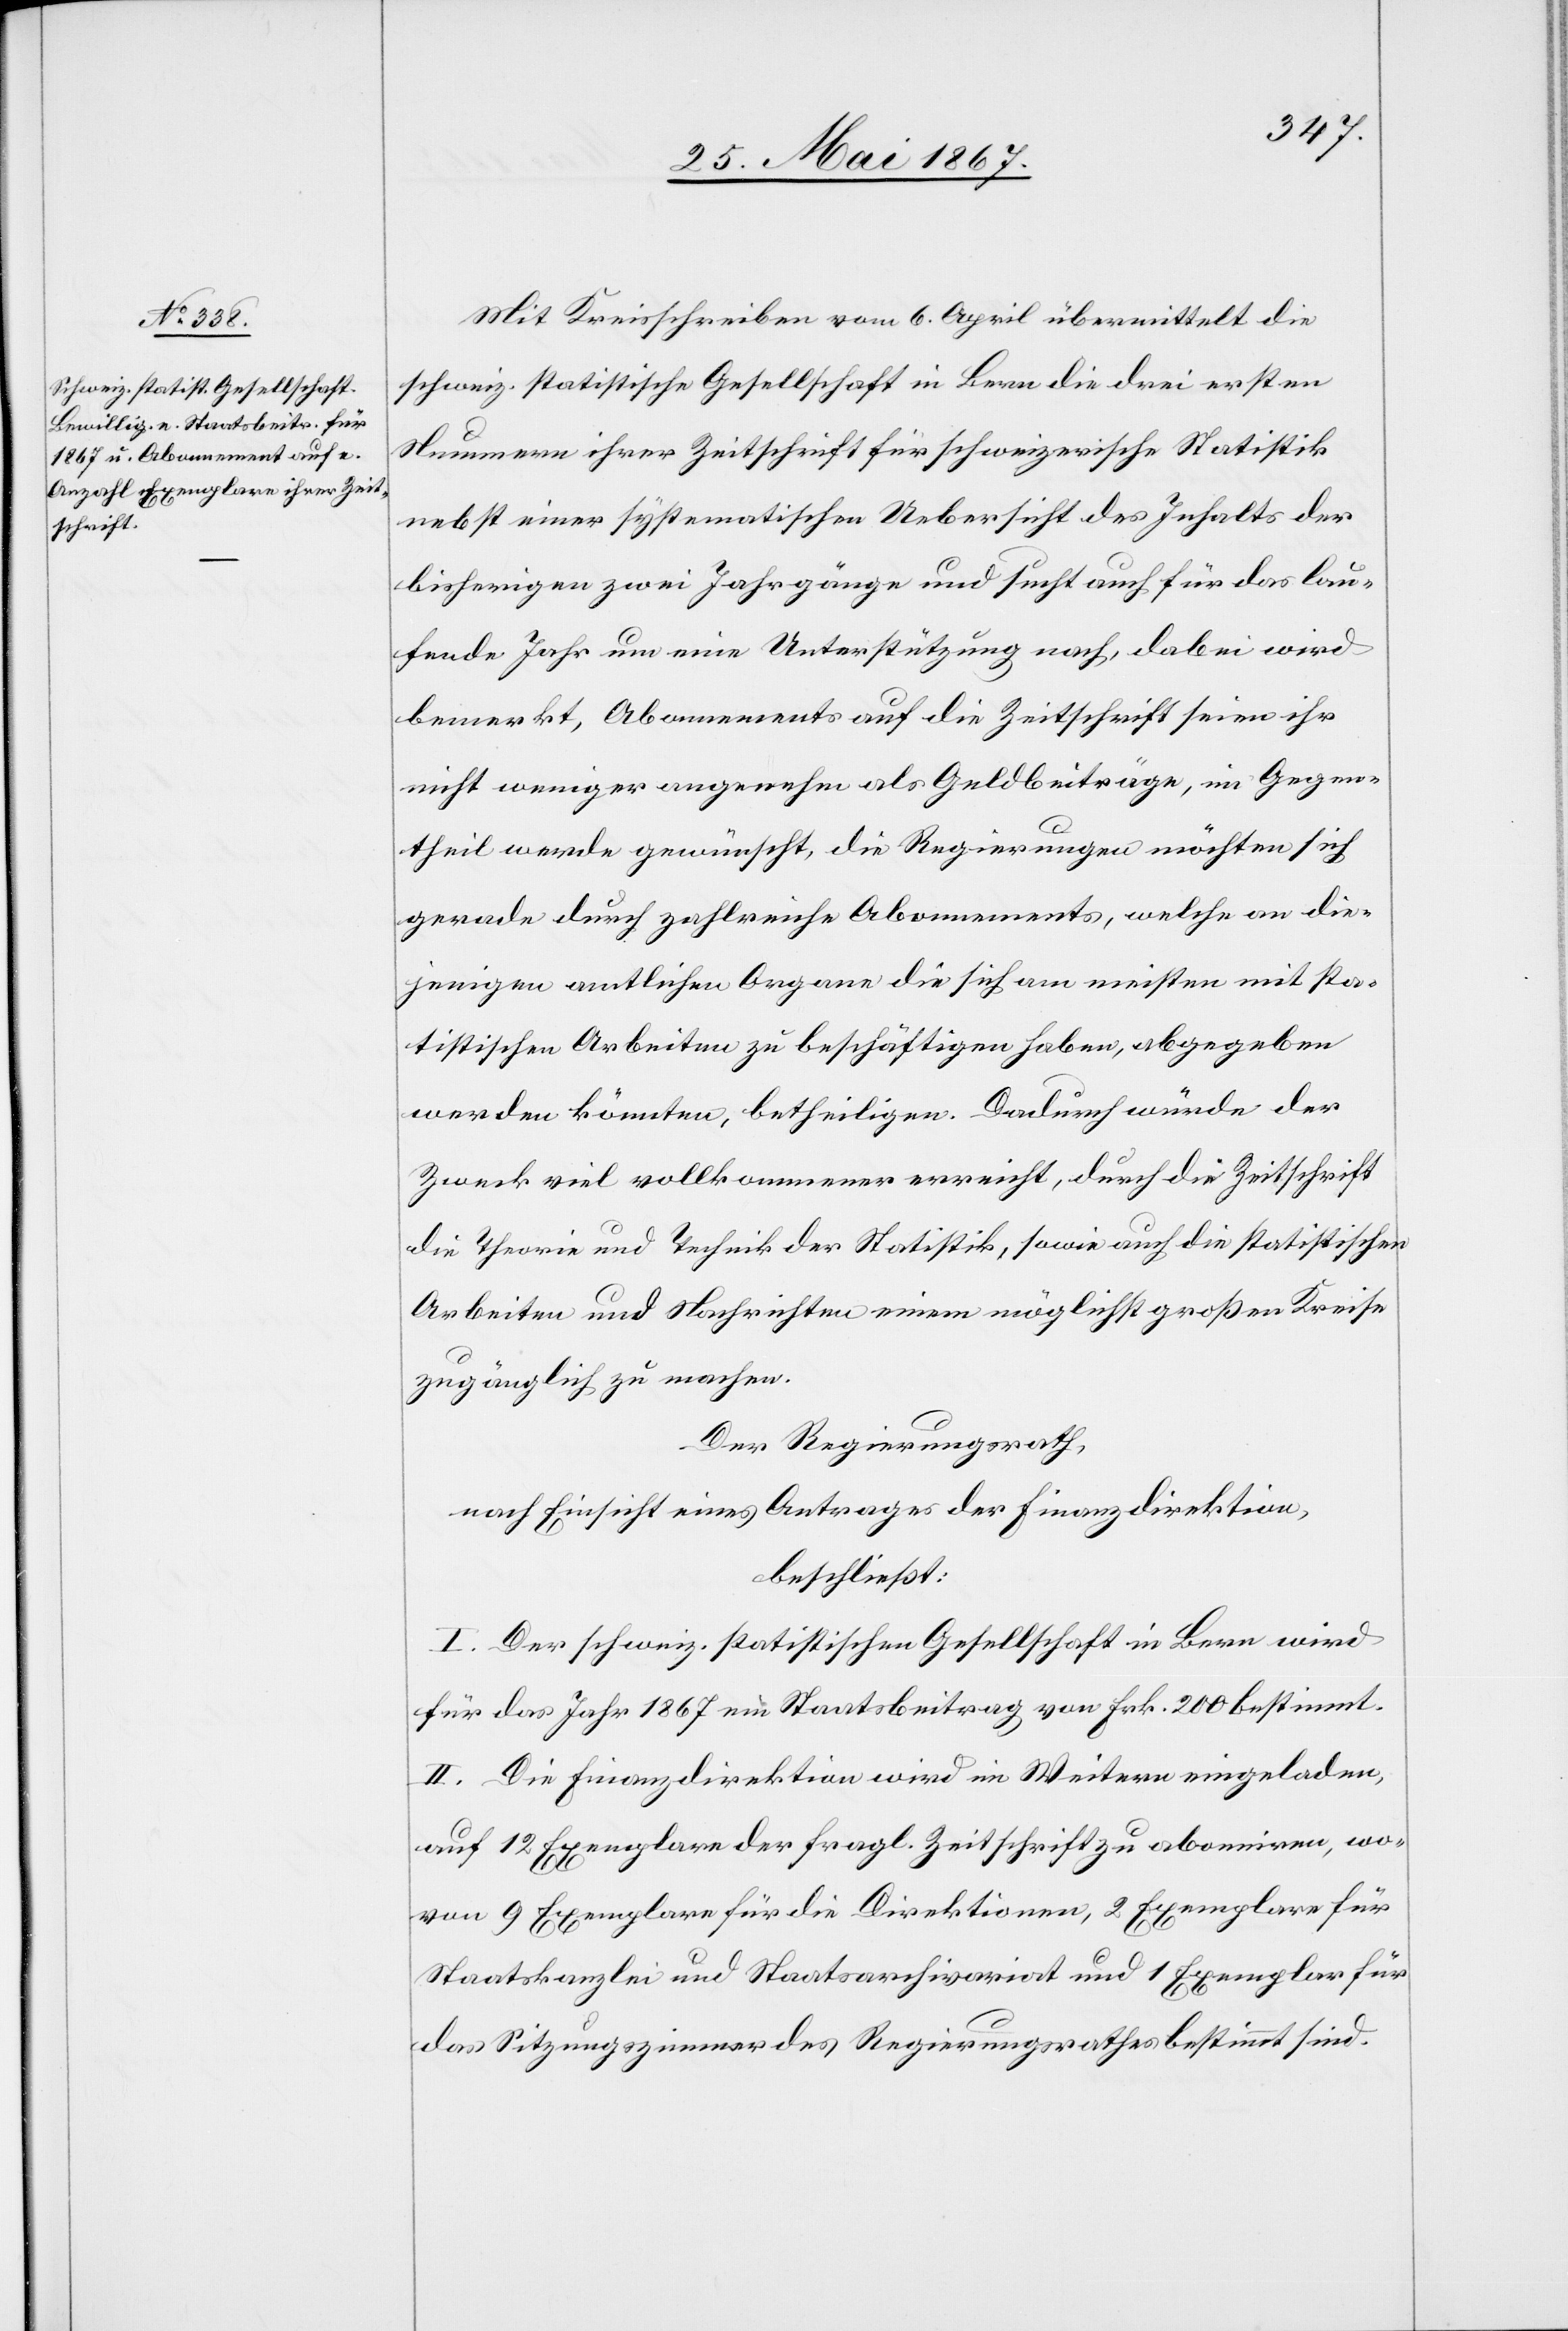
Mit Kreisschreiben vom 6. April übermittelt die
schweiz. statistische Gesellschaft in Bern die drei ersten
Nummern ihrer Zeitschrift für schweizerische Statistik
nebst einer systematischen Uebersicht des Inhalts der
bisherigen zwei Jahrgänge und sucht auch für das lau¬
fende Jahr um eine Unterstützung nach, dabei wird
bemerkt, Abonnements auf die Zeitschrift seien ihr
nicht weniger angenehm als Geldbeiträge, im Gegen¬
theil werde gewünscht, die Regierungen möchten sich
gerade durch zahlreiche Abonnements, welche an die¬
jenigen amtlichen Organe die sich am meisten mit sta¬
tistischen Arbeiten zu beschäftigen haben, abgegeben
werden könnten, betheiligen. Dadurch würde der
Zweck viel vollkommener erreicht, durch die Zeitschrift
die Theorie und Technik der Statistik, sowie auch die statistischen
Arbeiten und Nachrichten einem möglichst großen Kreise
zugänglich zu machen.
Der Regierungsrath,
nach Einsicht eines Antrages der Finanzdirektion,
beschließt:
I. Der schweiz. statistischen Gesellschaft in Bern wird
für das Jahr 1867 ein Staatsbeitrag von Frk. 200 bestimmt.
II. Die Finanzdirektion wird im Weitern eingeladen,
auf 12 Exemplare der fragl. Zeitschrift zu abonniren, wo¬
von 9 Exemplare für die Direktionen, 2 Exemplare für
Staatskanzlei und Staatsarchivariat und 1 Exemplar für
das Sitzungszimmer des Regierungsrathes bestimmt sind.